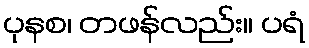
ပုနစ၊ တဖန်လည်း။ ပရံ